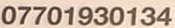
07701930134